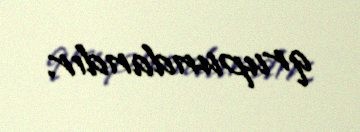
qrupundandır.